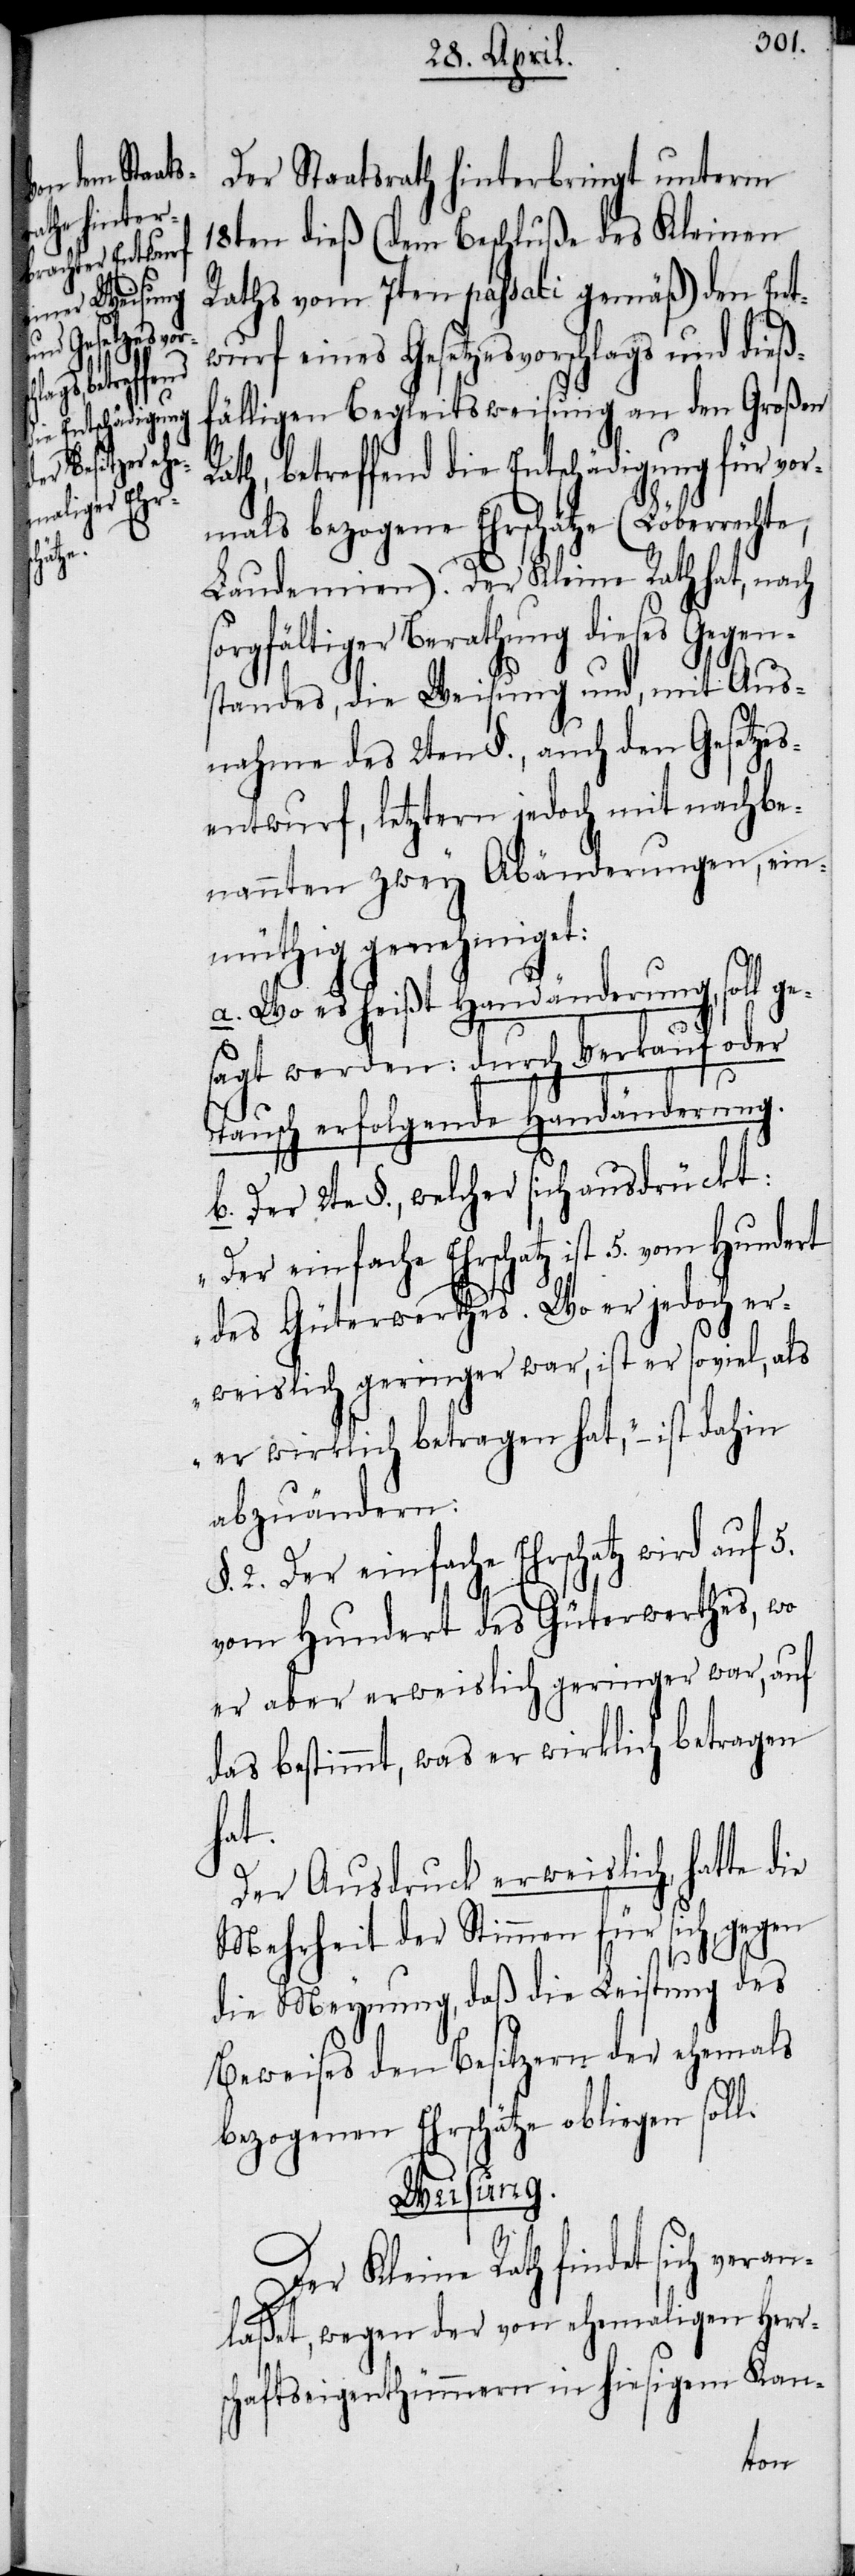
chte,
vom Hundert

Der Staatsrath hinterbringt unterm
18ten dieß (dem Beschluße des Kleinen
Rathes vom 7ten passati gemäß) den Ent¬
wurf eines Gesetzesvorschlags und dieß¬
fälligen Begleitsweisung an den Großen
ath, betreffend die Entschädigung für vor¬
mals bezogene Ehrschätze (Löberre¬
Laudemien). Der Kleine Rath hat, nach
sorgfältiger Berathung dieses Gegen¬
standes, die Weisung und, mit Aus¬
nahme des 2ten §., auch den Gesetzes¬
entwurf, letztern jedoch mit nachbe¬
nannten zwey Abänderungen, ein¬
müthig genehmiget:
a. Wo es heißt Handänderung, soll ge¬
sagt werden: durch Verkauf oder
Tausch erfolgende Handänderung.
b. Der 2te §., welcher sich ausdrückt:
„Der einfache Ehrschatz ist
des Güterwerthes. Wo er jedoch er¬
weislich geringer war, ist er soviel, als
er wirklich betragen hat“ – ist dahin
abzuändern:
2. Der einfache Ehrschatz wird
vom Hundert des Güterwerthes, wo
er aber erweislich geringer war, auf
das bestimmt, was er wirklich betragen
hat.
Der Ausdruck erweislich, hatte die
Mehrheit der Stimmen für sich, gegen
5.
die Meynung, daß die Leistung des
Beweises den Besitzern der ehemals
bezogenen Ehrschätze obliegen soll.
sung.
Wei¬
Der Kleine Rath findet sich vera¬
nlaßet, wegen der von ehemaligen Herr¬
schaftseigenthümmern in hiesigem Kan-